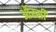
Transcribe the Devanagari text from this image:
ऑस्सी